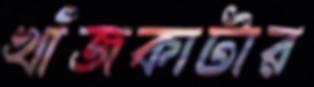
খাঁজকাটার